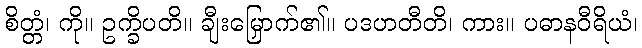
စိတ္တံ၊ ကို။ ဥက္ခိပတိ။ ချီးမြှောက်၏။ ပဒဟတီတိ၊ ကား။ ပဓာနဝီရိယံ၊